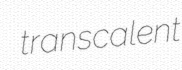
transcalent